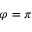
\varphi = \pi